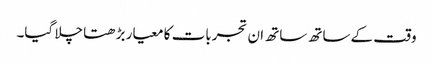
وقت کے ساتھ ساتھ ان تجربات کا معیار بڑھتا چلا گیا۔